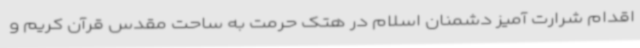
اقدام شرارت آمیز دشمنان اسلام در هتک حرمت به ساحت مقدس قرآن کریم و